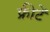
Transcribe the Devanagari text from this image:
फ्रीटें